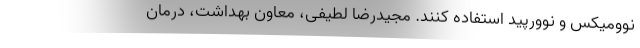
نوومیکس و نوورپید استفاده کنند. مجیدرضا لطیفی، معاون بهداشت، درمان